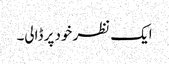
ایک نظر خود پر ڈالی۔